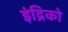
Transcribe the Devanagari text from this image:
इंद्रिको